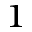
^ { 1 }